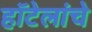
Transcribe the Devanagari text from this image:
हॉटेलांचे